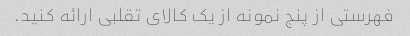
فهرستی از پنج نمونه از یک کالای تقلبی ارائه کنید.